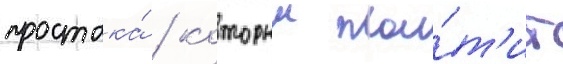
простака́ / которыи пла́т'ит